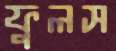
ফুলস